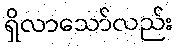
ရှိလာသော်လည်း